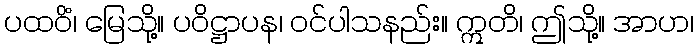
ပထဝိံ၊ မြေသို့။ ပဝိဋ္ဌာပန၊ ဝင်ပါသနည်း။ ဣတိ၊ ဤသို့။ အာဟ၊